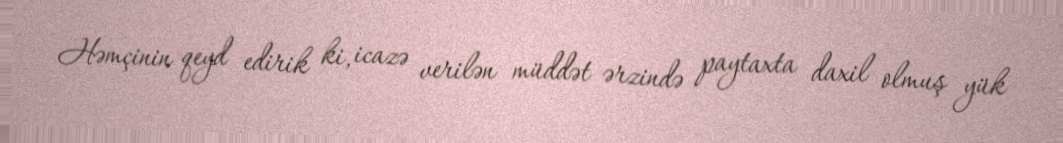
Həmçinin qeyd edirik ki, icazə verilən müddət ərzində paytaxta daxil olmuş yük